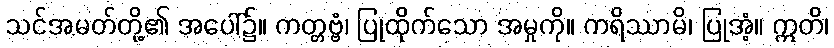
သင်အမတ်တို့၏ အပေါ်၌။ ကတ္တဗ္ဗံ၊ ပြုထိုက်သော အမှုကို။ ကရိဿာမိ၊ ပြုအံ့။ ဣတိ၊